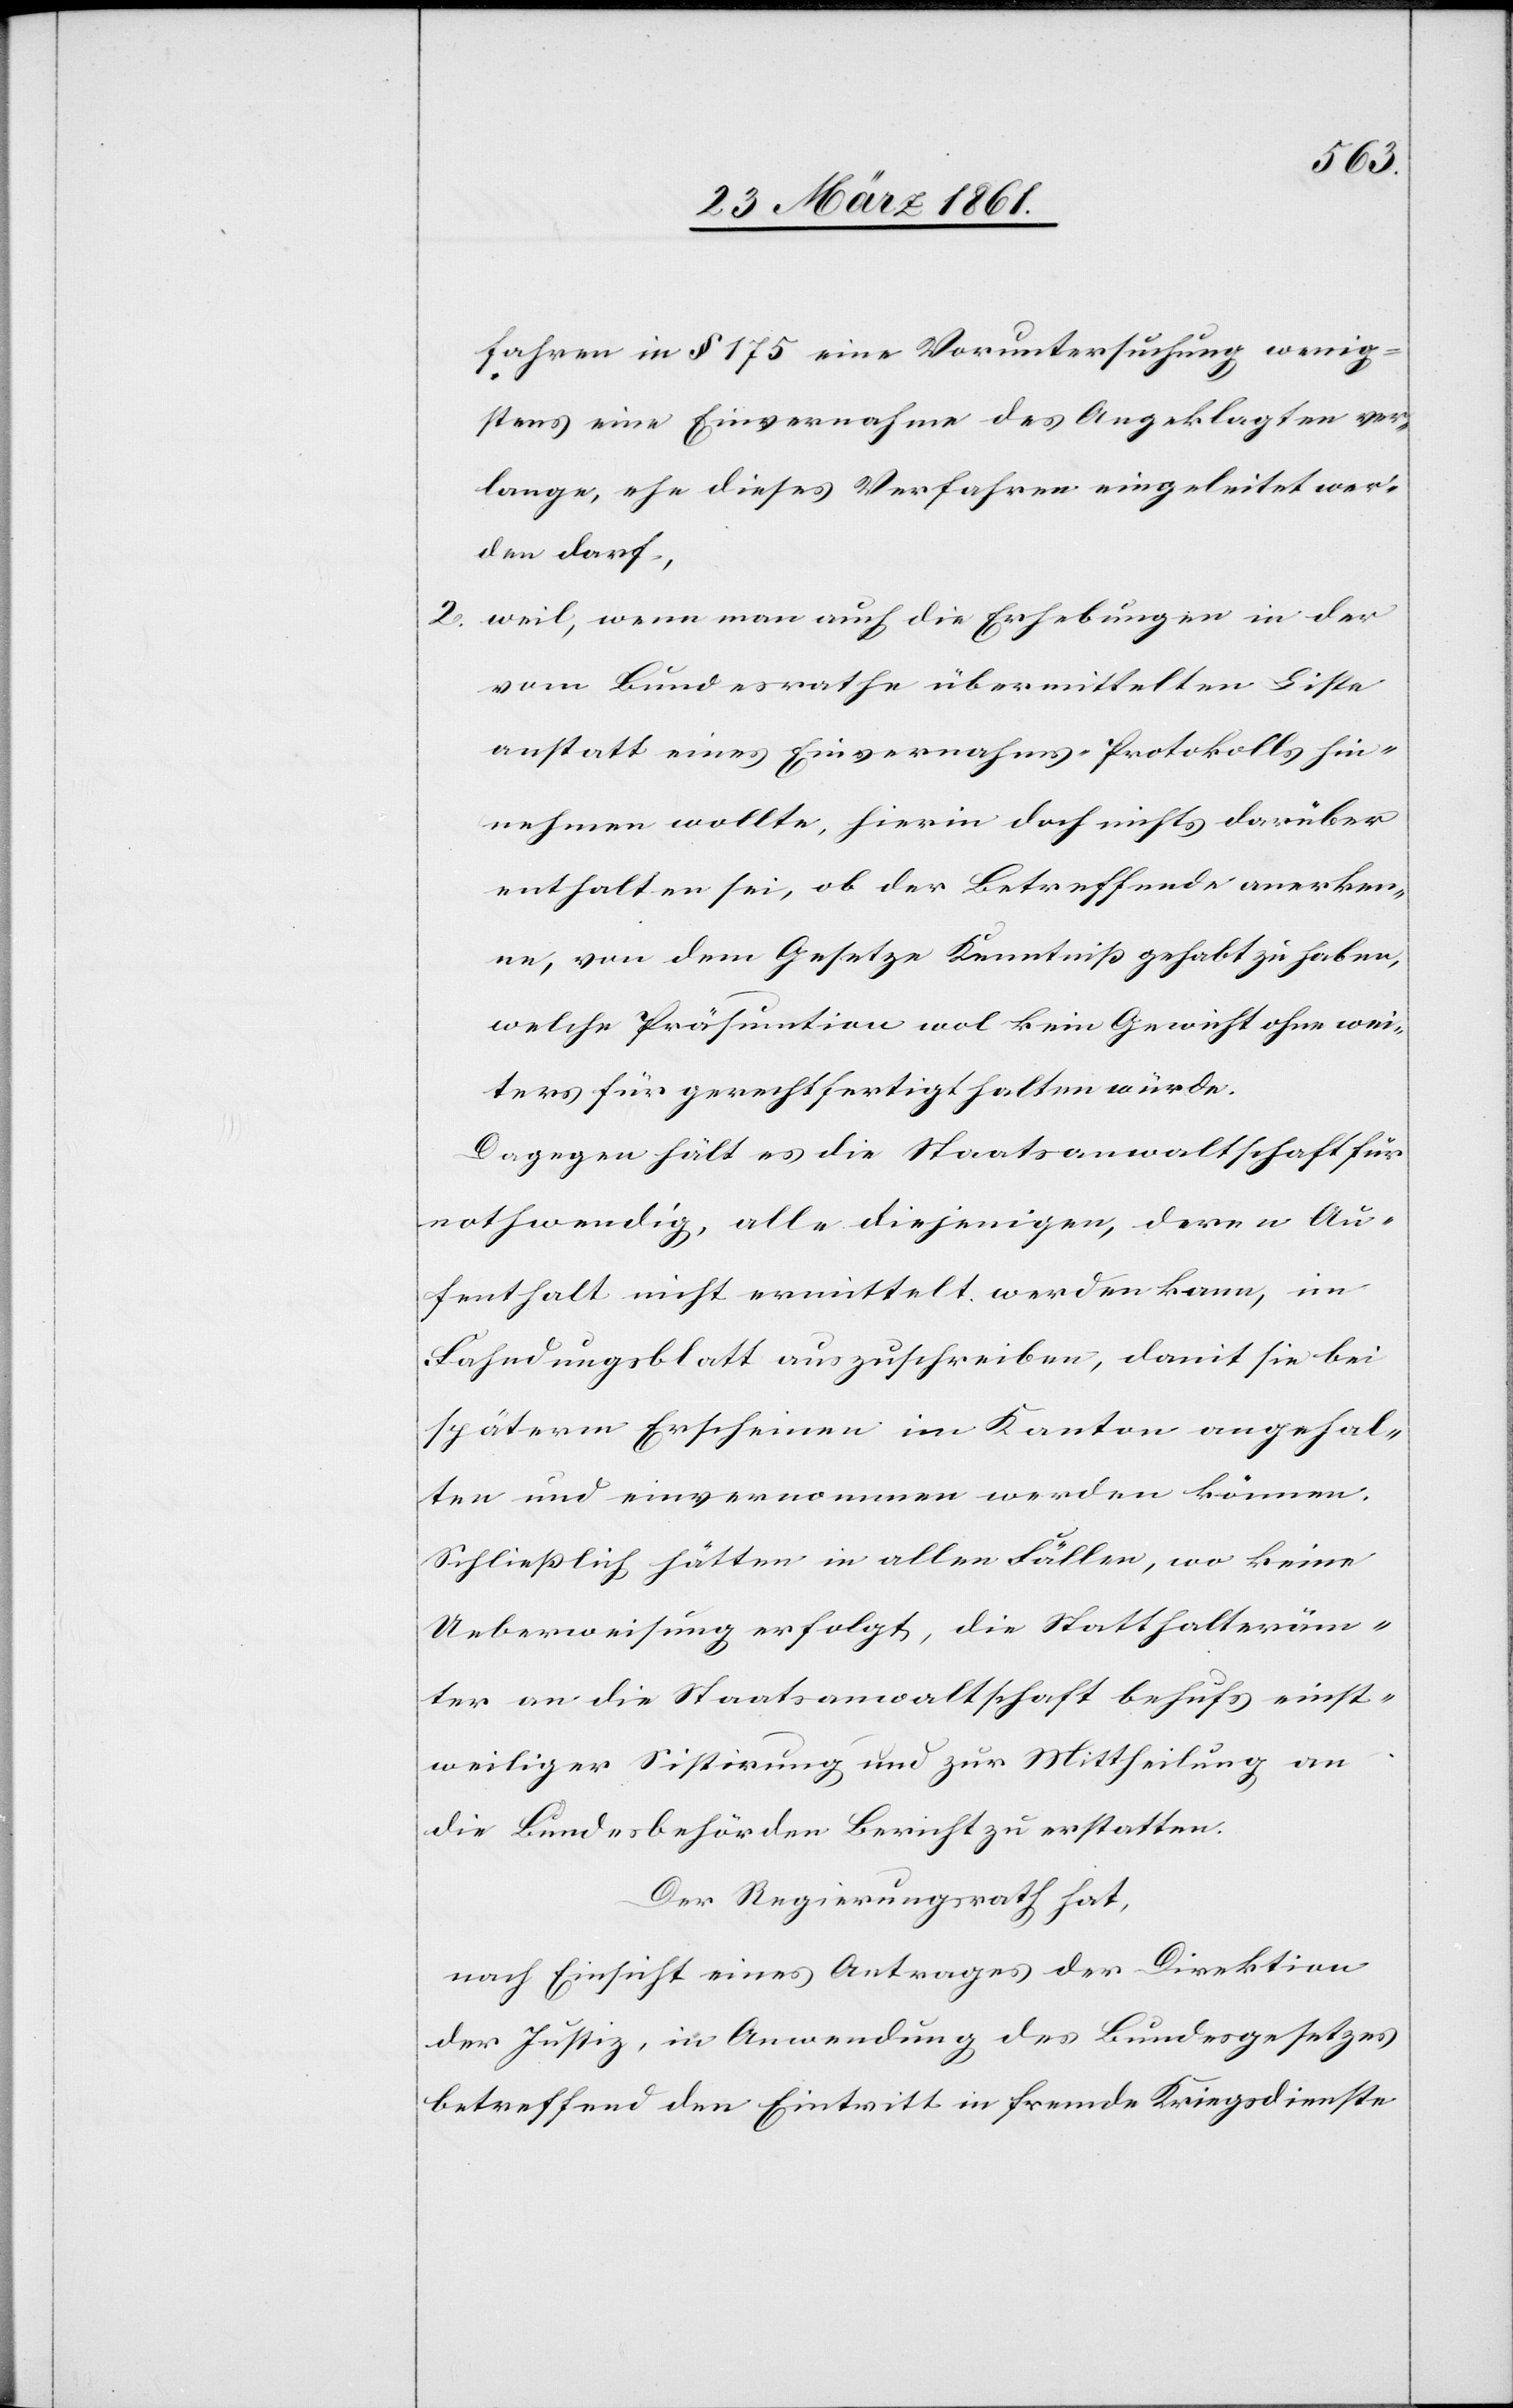
2.

fahren in § 175 eine Voruntersuchung wenig¬
stens eine Einvernahme des Angeklagten ver¬
lange, ehe dieses Verfahren eingeleitet wer¬
den darf,
weil, wenn man auch die Erhebungen in der
vom Bundesrathe übermittelten Liste
anstatt eines Einvernahms-Protokolls hin¬
nehmen wollte, hierin doch nichts darüber
enthalten sei, ob der Betreffende anerken¬
ne, von dem Gesetze Kenntniss gehabt zu haben,
welche Präsumtion wol kein Gewicht ohne wei¬
ters für gerechtfertigt halten würde.
Dagegen hält es die Staatsanwaltschaft für
nothwendig, alle diejenigen, deren Au¬
fenthalt nicht ermittelt werden kann, im
Fahnungsblatt auszuschreiben, damit sie bei
späterm Erscheinen im Kanton angehal¬
ten und einvernommen werden können.
Schließlich hätten in allen Fällen, wo keine
Ueberweisung erfolgt, die Statthalteräm¬
ter an die Staatsanwaltschaft behufs einst¬
weiliger Sistirung und zur Mittheilung an
die Bundesbehörden Bericht zu erstatten.
Der Regierungsrath hat,
nach Einsicht eines Antrages der Direktion
der Justiz, in Anwendung des Bundesgesetzes
betreffend den Eintritt in fremde Kriegsdienste